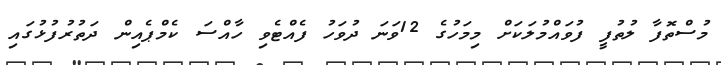
މުސްތޮފާ ލުތުފީ ފުވައްމުލަކަށް މިމަހުގެ 12ވަނަ ދުވަހު ފެއްޓެވި ހާއްސަ ކެމްޕެއިން ދަތުރުފުޅުގައި